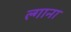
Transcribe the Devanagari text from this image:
ल्गाना